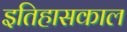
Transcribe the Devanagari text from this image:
इतिहासकाल